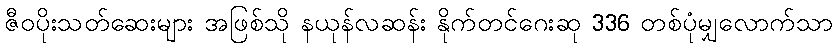
ဇီဝပိုးသတ်ဆေးများ အဖြစ်သို နယုန်လဆန်း နိုက်တင်ဂေးဆု 336 တစ်ပုံမျှလောက်သာ